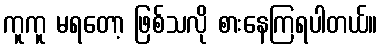
ကူကူ မရတော့ ဖြစ်သလို စားနေကြရပါတယ်။